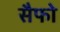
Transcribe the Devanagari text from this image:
सैफो